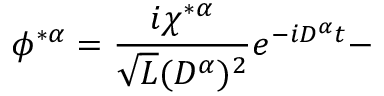
\phi ^ { * \alpha } = \frac { i \chi ^ { * \alpha } } { \sqrt { L } ( D ^ { \alpha } ) ^ { 2 } } e ^ { - i D ^ { \alpha } t } -